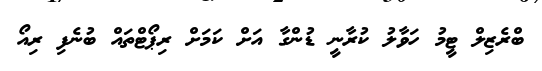
ބްރެޒިލް ޓީމު ހަވާލު ކުރާނީ ޑުންގާ އަށް ކަމަށް ރިޕޯޓްތައް ބުނެފި ރިއޯ